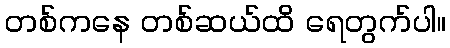
တစ်ကနေ တစ်ဆယ်ထိ ရေတွက်ပါ။